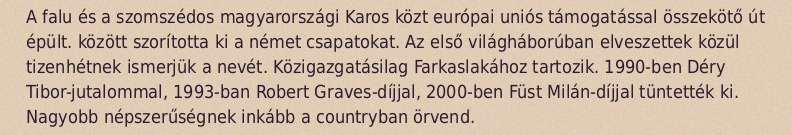
A falu és a szomszédos magyarországi Karos közt európai uniós támogatással összekötő út épült. között szorította ki a német csapatokat. Az első világháborúban elveszettek közül tizenhétnek ismerjük a nevét. Közigazgatásilag Farkaslakához tartozik. 1990-ben Déry Tibor-jutalommal, 1993-ban Robert Graves-díjjal, 2000-ben Füst Milán-díjjal tüntették ki. Nagyobb népszerűségnek inkább a countryban örvend.